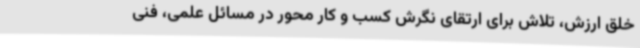
خلق ارزش، تلاش برای ارتقای نگرش کسب و کار محور در مسائل علمی، فنی